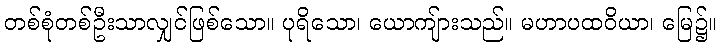
တစ်စုံတစ်ဦးသာလျှင်ဖြစ်သော။ ပုရိသော၊ ယောကျ်ားသည်။ မဟာပထဝိယာ၊ မြေ၌။